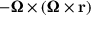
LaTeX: - { \boldsymbol { \Omega } } \times ( { \boldsymbol { \Omega } } \times \mathbf { r } )